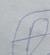
Signature authenticity: forged